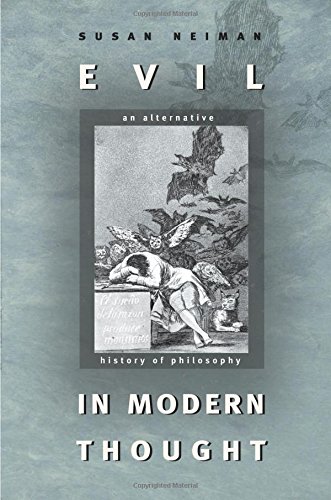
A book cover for Evil in Modern Thought: An Alternative History of Philosophy (Princeton Classics); Susan Neiman; Politics & Social Sciences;